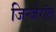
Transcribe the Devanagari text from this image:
जिन्जेरॉल